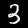
Label: 3